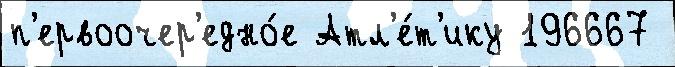
п'ервоочер'едно́е Атл'е́т'ику 196667